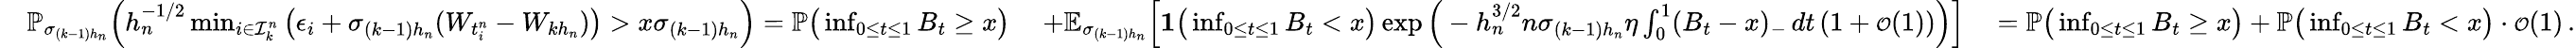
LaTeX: \begin{array}{rlrl}&{\mathbb{P}_{\sigma_{(k-1)h_{n}}}\Big(h_{n}^{-1/2}\operatorname*{min}_{i\in\mathcal{I}_{k}^{n}}\big(\epsilon_{i}+\sigma_{(k-1)h_{n}}(W_{t_{i}^{n}}-W_{kh_{n}})\big)>x\sigma_{(k-1)h_{n}}\Big)=\mathbb{P}\big(\operatorname*{inf}_{0\le t\le 1}B_{t}\ge x\big)\ }&{+\mathbb{E}_{\sigma_{(k-1)h_{n}}}\Big[\mathbf{1}\big(\operatorname*{inf}_{0\le t\le 1}B_{t}<x\big)\exp\Big(-h_{n}^{3/2}n\sigma_{(k-1)h_{n}}\eta\int_{0}^{1}(B_{t}-x)_{-}\, dt\, (1+{\scriptstyle{\mathcal{O}}}(1))\Big)\Big]\ }&{=\mathbb{P}\big(\operatorname*{inf}_{0\le t\le 1}B_{t}\ge x\big)+\mathbb{P}\big(\operatorname*{inf}_{0\le t\le 1}B_{t}<x\big)\cdot{\scriptstyle{\mathcal{O}}}(1)\, .}\end{array}